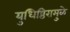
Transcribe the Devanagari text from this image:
युधिष्ठिरामुळे